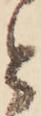
と